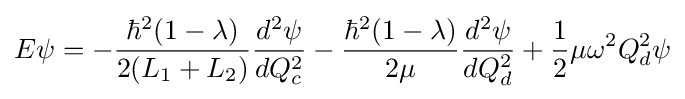
E\psi =-{\frac {\hbar ^{2}(1-\lambda )}{2(L_{1}+L_{2})}}{\frac {d^{2}\psi }{dQ_{c}^{2}}}-{\frac {\hbar ^{2}(1-\lambda )}{2\mu }}{\frac {d^{2}\psi }{dQ_{d}^{2}}}+{\frac {1}{2}}\mu \omega ^{2}Q_{d}^{2}\psi